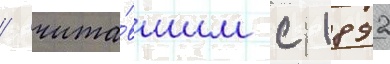
/ чита́вшим с 1892